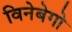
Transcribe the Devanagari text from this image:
विनेबेगो